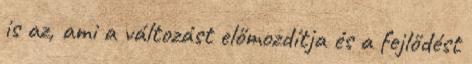
is az, ami a változást előmozdítja és a fejlődést